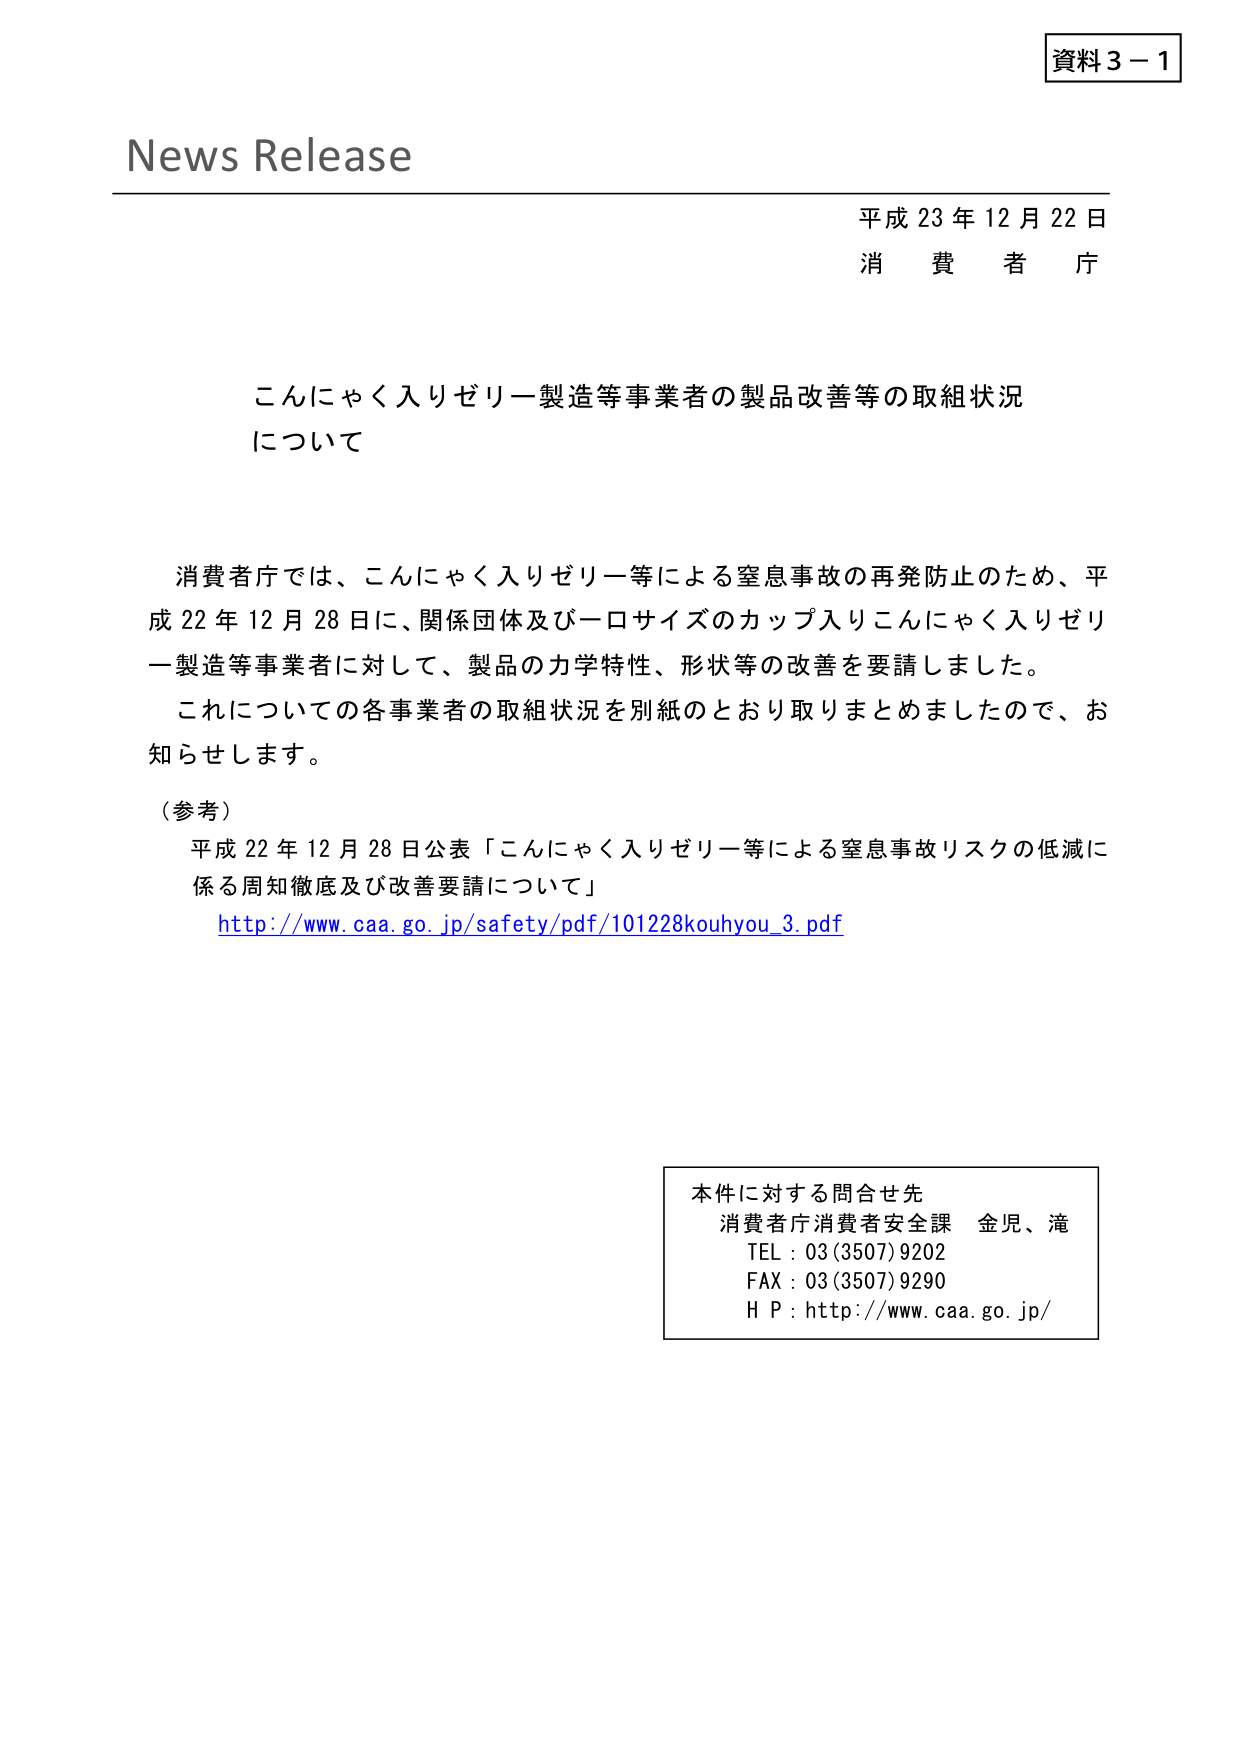
資料３－１

News Release

平成 23 年 12 月 22 日
消費者庁

こんにゃく入りゼリー製造等事業者の製品改善等の取組状況
について

消費者庁では、こんにゃく入りゼリー等による窒息事故の再発防止のため、平
成 22 年 12 月 28 日に、関係団体及び一口サイズのカップ入りこんにゃく入りゼリ
ー製造等事業者に対して、製品の力学特性、形状等の改善を要請しました。
これについての各事業者の取組状況を別紙のとおり取りまとめましたので、お
知らせします。

（参考）
平成 22 年 12 月 28 日公表「こんにゃく入りゼリー等による窒息事故リスクの低減に
係る周知徹底及び改善要請について」
http://www.caa.go.jp/safety/pdf/101228kouhyou_3.pdf

本件に対する問合せ先
消費者庁消費者安全課 金児、滝
TEL : 03(3507)9202
FAX : 03(3507)9290
H P : http://www.caa.go.jp/